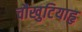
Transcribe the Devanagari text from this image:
चौखुटियाहृ